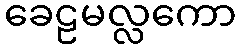
ခေဠမလ္လကော